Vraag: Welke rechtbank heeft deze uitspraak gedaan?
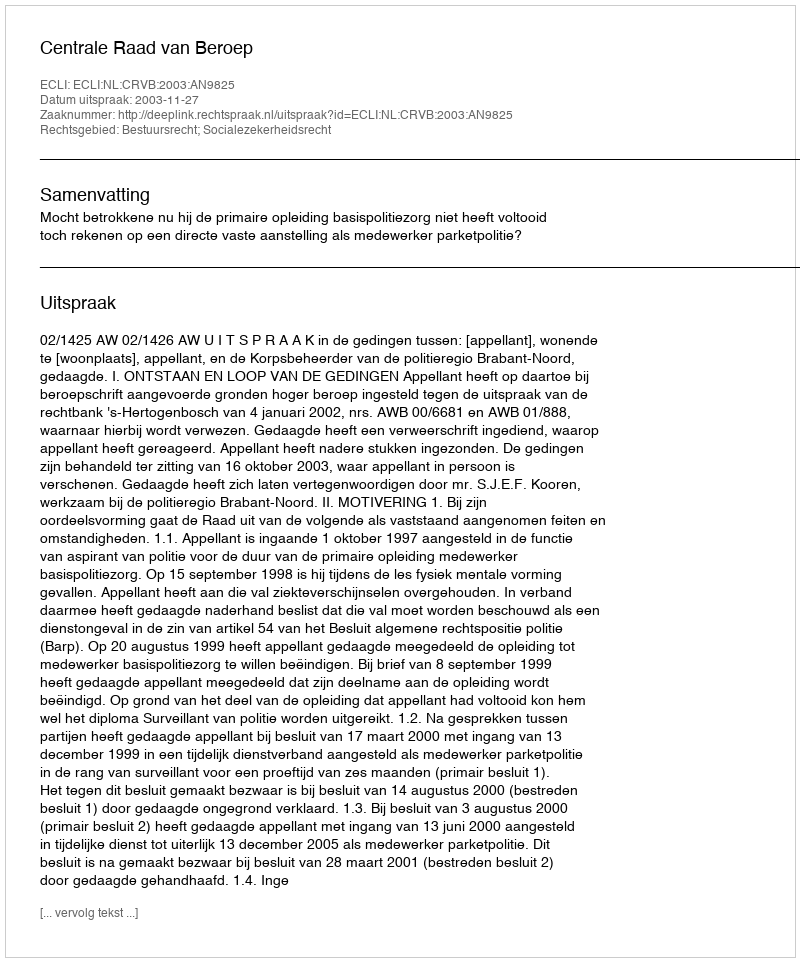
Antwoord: Centrale Raad van Beroep